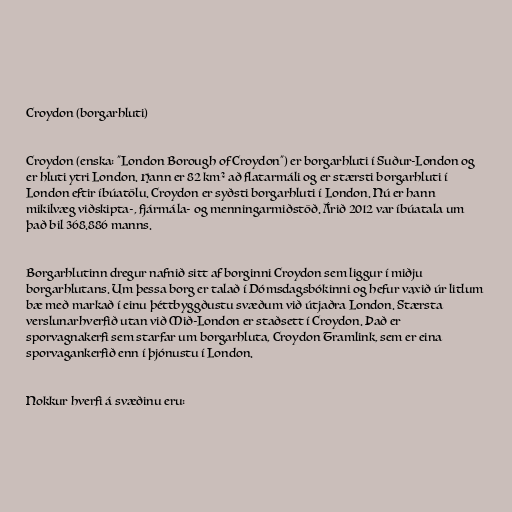
Croydon (borgarhluti)

Croydon (enska: "London Borough of Croydon") er borgarhluti í Suður-London og
er hluti ytri London. Hann er 82 km² að flatarmáli og er stærsti borgarhluti í
London eftir íbúatölu. Croydon er syðsti borgarhluti í London. Nú er hann
mikilvæg viðskipta-, fjármála- og menningarmiðstöð. Árið 2012 var íbúatala um
það bil 368.886 manns.

Borgarhlutinn dregur nafnið sitt af borginni Croydon sem liggur í miðju
borgarhlutans. Um þessa borg er talað í Dómsdagsbókinni og hefur vaxið úr litlum
bæ með markað í einu þéttbyggðustu svæðum við útjaðra London. Stærsta
verslunarhverfið utan við Mið-London er staðsett í Croydon. Það er
sporvagnakerfi sem starfar um borgarhluta, Croydon Tramlink, sem er eina
sporvagankerfið enn í þjónustu í London.

Nokkur hverfi á svæðinu eru: